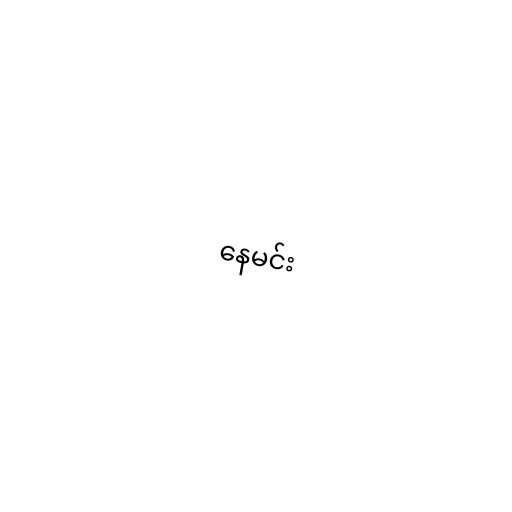
နေမင်း